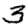
Digit: 3